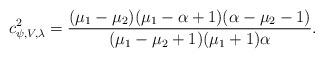
LaTeX: \begin{align*}c^2_{\psi, V,\lambda}=\frac{(\mu_1-\mu_2)(\mu_1-\alpha+1)(\alpha-\mu_2-1)}{(\mu_1-\mu_2+1)(\mu_1+1)\alpha}.\end{align*}